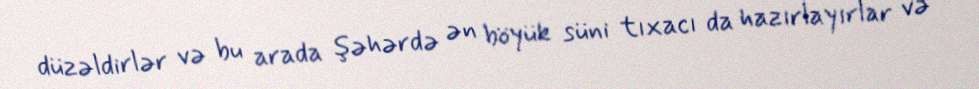
düzəldirlər və bu arada şəhərdə ən böyük süni tıxacı da hazırlayırlar və